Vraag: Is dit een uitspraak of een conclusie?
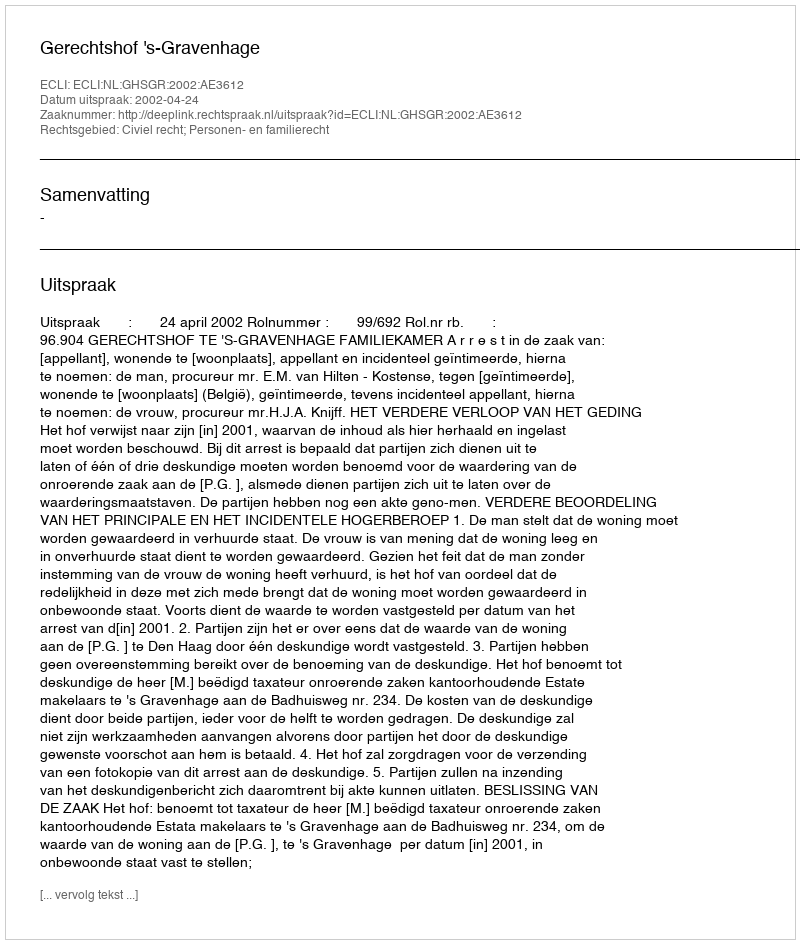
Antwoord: Uitspraak